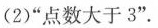
(2)”点数大于3”.